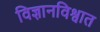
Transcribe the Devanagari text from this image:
विज्ञानविश्वात